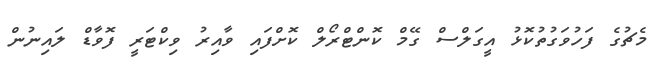
މެޗުގެ ފަހުވަގުތުކޮޅު އީގަލްސް ގޭމް ކޮންޓްރޯލް ކޮށްފައި ވާއިރު ވިކްޓަރީ ފޮވާޑް ލައިނުން